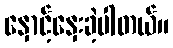
နှောင့်နှေးခဲ့ပါတယ်။